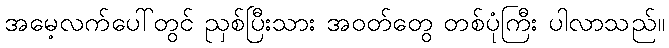
အမေ့လက်ပေါ်တွင် ညှစ်ပြီးသား အဝတ်တွေ တစ်ပုံကြီး ပါလာသည်။